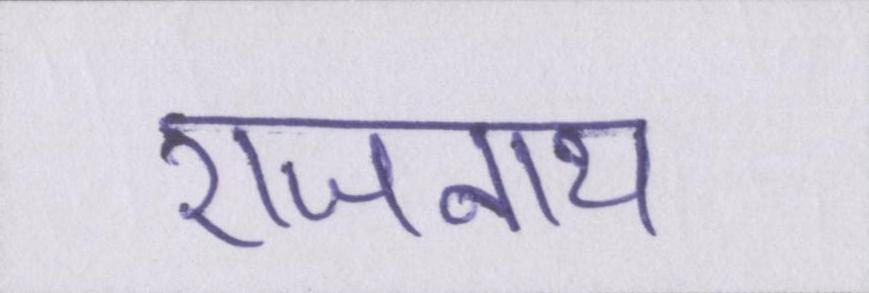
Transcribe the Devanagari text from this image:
राजनाथ